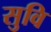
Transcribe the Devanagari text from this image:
सुवि